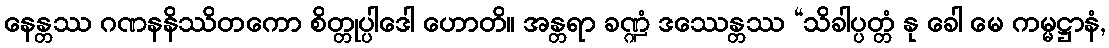
နေန္တဿ ဂဏနနိဿိတကော စိတ္တုပ္ပါဒေါ ဟောတိ။ အန္တရာ ခဏ္ဍံ ဒဿေန္တဿ “သိခါပ္ပတ္တံ နု ခေါ မေ ကမ္မဋ္ဌာနံ,